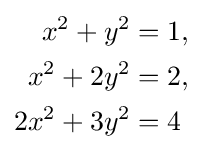
{\begin{aligned}x^{2}+y^{2}&=1,\\x^{2}+2y^{2}&=2,\\2x^{2}+3y^{2}&=4\end{aligned}}